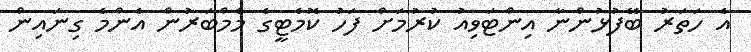
އެ ހަތަރު ބޭފުޅުންނާ އިންޓަވިއު ކުރުމަށް ފަހު ކޮމެޓީގެ މެމްބަރުން އެންމެ ގިނައިން